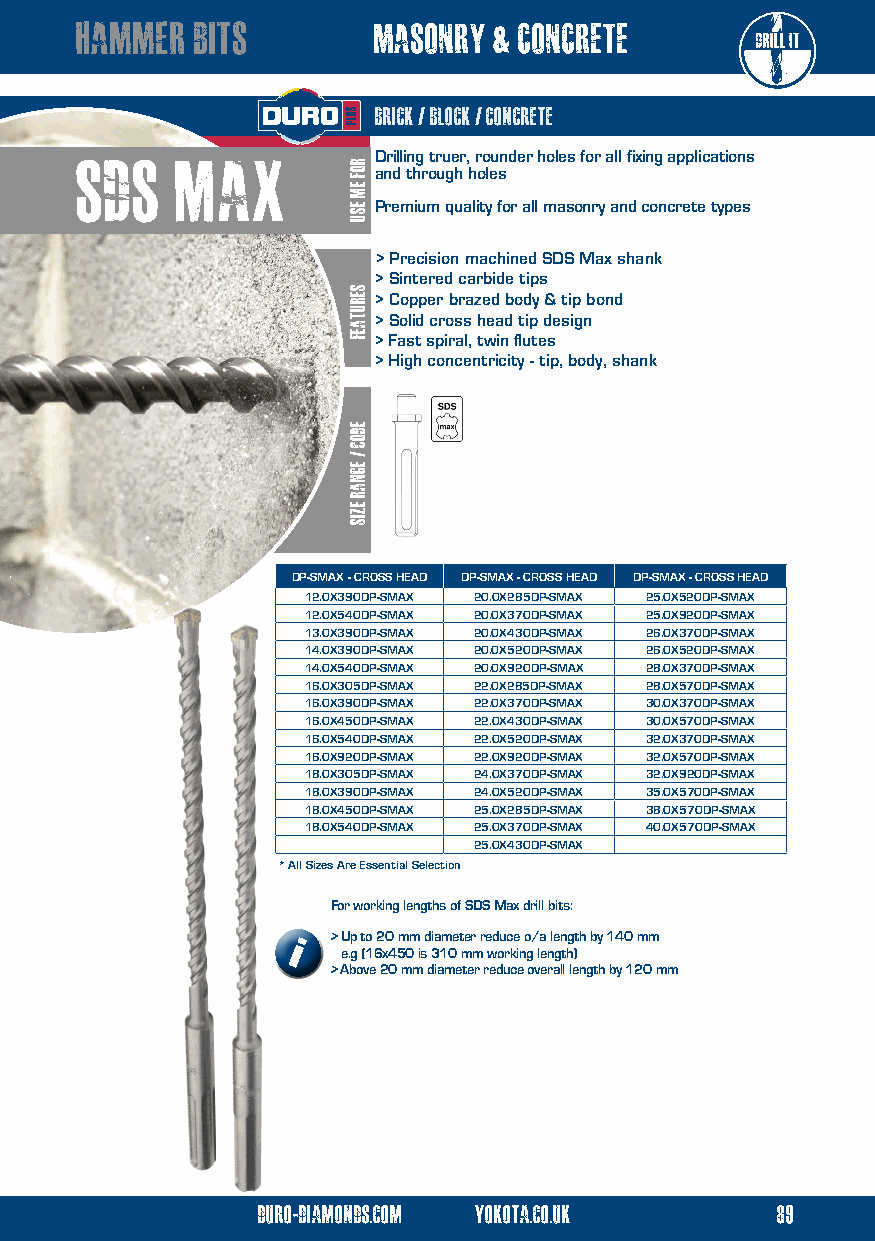
hammer  bits        masonry & concrete
 brick / block / concrete
 sds    max          Drilling truer, rounder holes for all fixing applications
 and through holes
 Premium quality for all masonry and concrete types
 > Precision machined SDS Max shank
 > Sintered carbide tips
 > Copper brazed body & tip bond
 > Solid cross head tip design
 > Fast spiral, twin flutes
 > High concentricity - tip, body, shank
 DP-SMAX - CROSS HEAD DP-SMAX - CROSS HEAD DP-SMAX - CROSS HEAD
 12.0X390DP-SMAX 20.0X285DP-SMAX 25.0X520DP-SMAX
 12.0X540DP-SMAX 20.0X370DP-SMAX 25.0X920DP-SMAX
 13.0X390DP-SMAX 20.0X430DP-SMAX 26.0X370DP-SMAX
 14.0X390DP-SMAX 20.0X520DP-SMAX 26.0X520DP-SMAX
 14.0X540DP-SMAX 20.0X920DP-SMAX 28.0X370DP-SMAX
 16.0X305DP-SMAX 22.0X285DP-SMAX 28.0X570DP-SMAX
 16.0X390DP-SMAX 22.0X370DP-SMAX 30.0X370DP-SMAX
 16.0X450DP-SMAX 22.0X430DP-SMAX 30.0X570DP-SMAX
 16.0X540DP-SMAX 22.0X520DP-SMAX 32.0X370DP-SMAX
 16.0X920DP-SMAX 22.0X920DP-SMAX 32.0X570DP-SMAX
 18.0X305DP-SMAX 24.0X370DP-SMAX 32.0X920DP-SMAX
 18.0X390DP-SMAX 24.0X520DP-SMAX 35.0X570DP-SMAX
 18.0X450DP-SMAX 25.0X285DP-SMAX 38.0X570DP-SMAX
 18.0X540DP-SMAX 25.0X370DP-SMAX 40.0X570DP-SMAX
 25.0X430DP-SMAX
 * All Sizes Are Essential Selection
 For working lengths of SDS Max drill bits:
 > Up to 20 mm diameter reduce o/a length by 140 mm
 i   e.g (16x450 is 310 mm working length)
 > Above 20 mm diameter reduce overall length by 120 mm
 duro-diamonds.com yokota.co.uk    89
 ROF
 EM
 ESU
 serutaef
 eDOC
 /
 egnar
 ezis